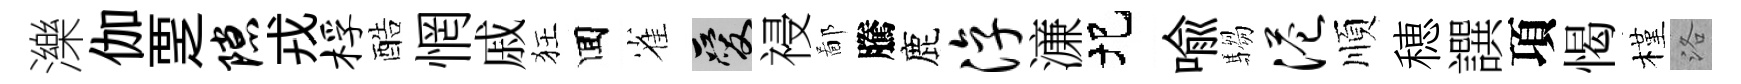
濼伽覂隙戎桴酷惘戚狂囬雀爱祲鄙騰鹿淳濓圯喩騶港順穂譔項愒槿洛